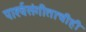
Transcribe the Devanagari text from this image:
पार्श्‍वसंगीताचीही